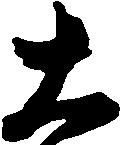
大